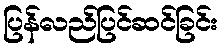
ပြန်လည်ပြင်ဆင်ခြင်း